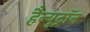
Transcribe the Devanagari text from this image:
हैन्यूट्रॉन